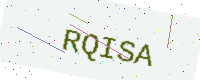
Text: RQISA